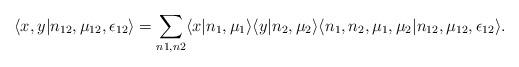
LaTeX: \begin{align*} \langle x,y|n_{12},\mu_{12},\epsilon_{12} \rangle &= \displaystyle\sum\limits_{n1,n2} \langle x | n_1,\mu_1\rangle \langle y | n_2,\mu_2\rangle \langle n_1, n_2, \mu_1, \mu_2 |n_{12},\mu_{12},\epsilon_{12}\rangle.\end{align*}